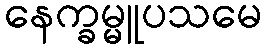
နေက္ခမ္မူပသမေ